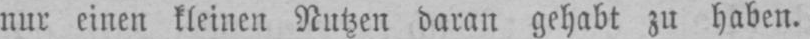
nur einen kleinen Nutzen daran gehabt zu haben.